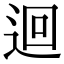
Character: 迴